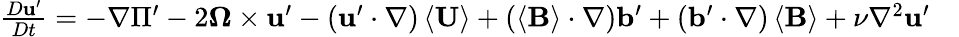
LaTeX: \begin{array}{rl}{\frac{D\mathbf{u}^{\prime}}{Dt}=-\nabla\Pi^{\prime}-2\boldsymbol{\Omega}\times\mathbf{u}^{\prime}-\left(\mathbf{u}^{\prime}\cdot\nabla\right)\left\langle\mathbf{U}\right\rangle+\left(\left\langle\mathbf{B}\right\rangle\cdot\nabla\right)\mathbf{b}^{\prime}+\left(\mathbf{b}^{\prime}\cdot\nabla\right)\left\langle\mathbf{B}\right\rangle+\nu\nabla^{2}\mathbf{u}^{\prime}}&{{}}\end{array}